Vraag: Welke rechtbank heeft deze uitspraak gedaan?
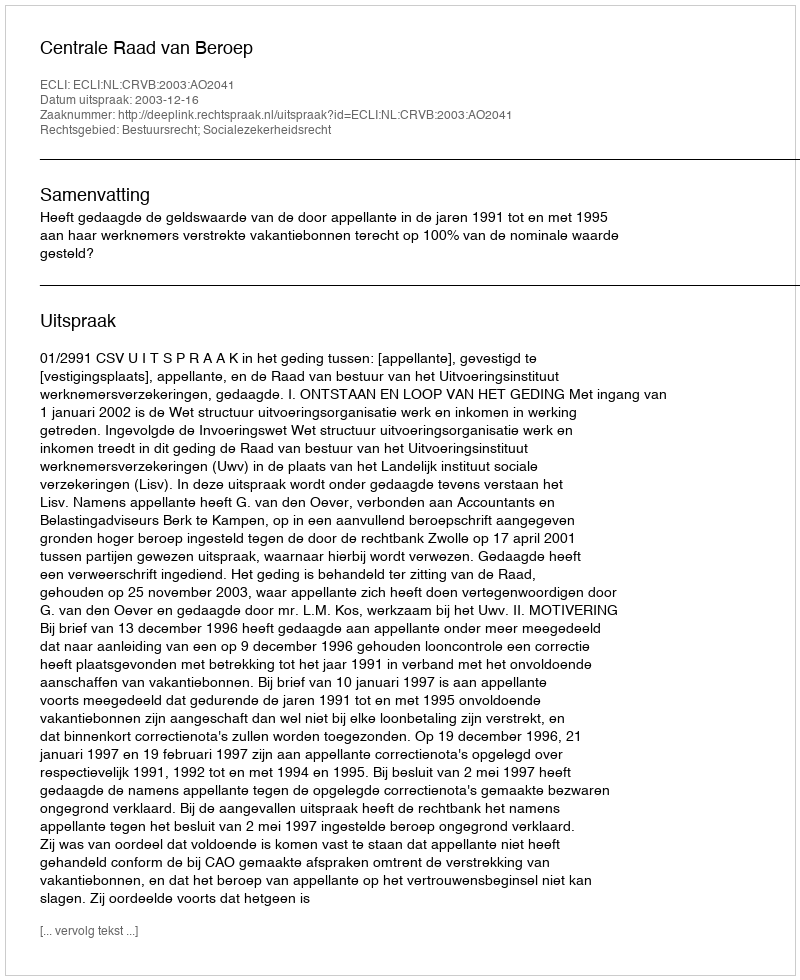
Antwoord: Centrale Raad van Beroep